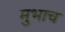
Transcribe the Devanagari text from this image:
मुभाच